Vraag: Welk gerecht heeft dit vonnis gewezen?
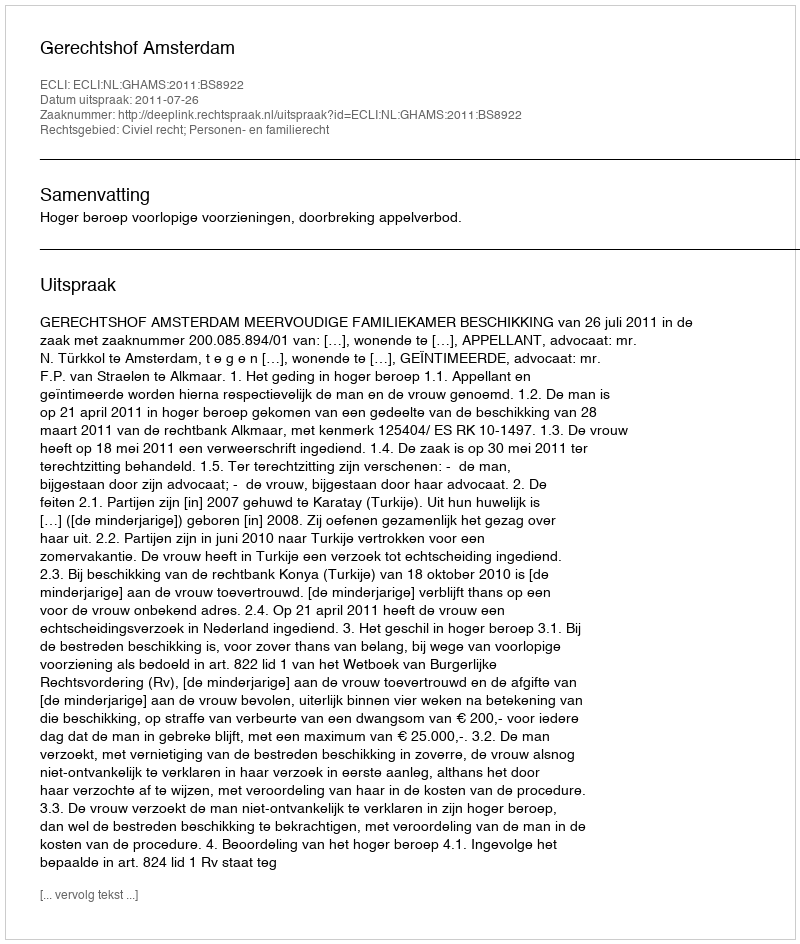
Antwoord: Gerechtshof Amsterdam